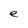
Character: e